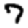
Digit: 7